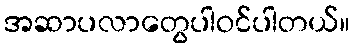
အဆာပလာတွေပါဝင်ပါတယ်။